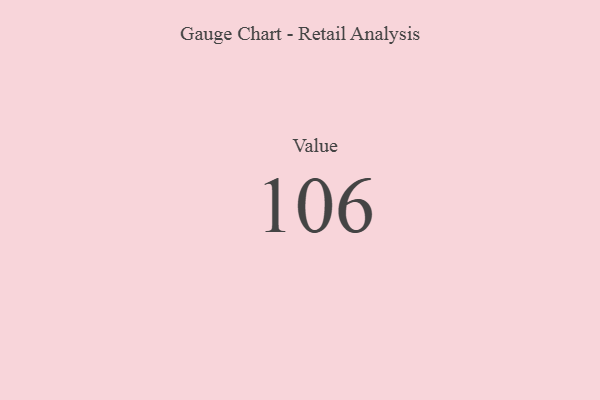
{"axis": {"x": "Metric", "y": "Value"}, "legend": [""], "data": [{"x": "Value", "y": 106, "type": ""}]}